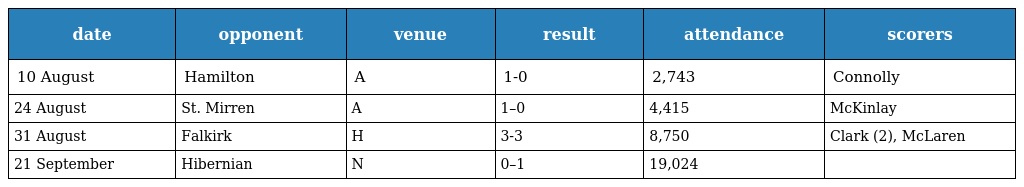
| date | opponent | venue | result | attendance | scorers |
 | --- | --- | --- | --- | --- | --- |
 | 10 August | Hamilton | A | 1-0 | 2,743 | Connolly |
 | 24 August | St. Mirren | A | 1–0 | 4,415 | McKinlay |
 | 31 August | Falkirk | H | 3-3 | 8,750 | Clark (2), McLaren |
 | 21 September | Hibernian | N | 0–1 | 19,024 |  |